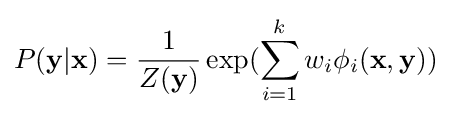
P(\mathbf {y} |\mathbf {x} )={\frac {1}{Z(\mathbf {y} )}}\exp(\sum _{i=1}^{k}w_{i}\phi _{i}(\mathbf {x} ,\mathbf {y} ))